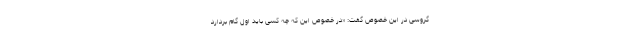
گروسی در این خصوص گفت: «در خصوص این که چه کسی باید اول گام بردارد